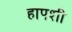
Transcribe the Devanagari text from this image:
हापशी